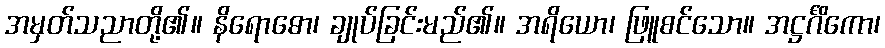
အမှတ်သညာတို့၏။ နိရောဓော၊ ချုပ်ခြင်းမည်၏။ အရိယော၊ ဖြူစင်သော။ အဋ္ဌင်္ဂိကော၊